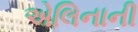
એલિનાની